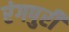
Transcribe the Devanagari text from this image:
रंगपुरी